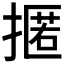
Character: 𢴚